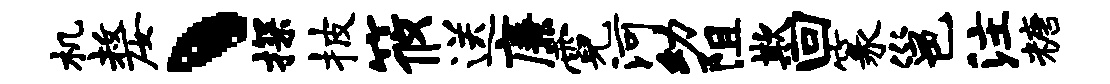
机嫠丶探披筱送廉霓河幼阻欺回篆邕注糖